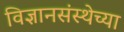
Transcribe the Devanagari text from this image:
विज्ञानसंस्थेच्या